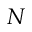
N